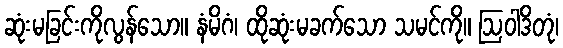
ဆုံးမခြင်းကိုလွန်သော။ နံမိဂံ၊ ထိုဆုံးမခက်သော သမင်ကို။ ဩဝါဒိတုံ၊